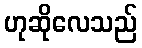
ဟုဆိုလေသည်